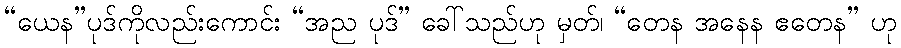
“ယေန”ပုဒ်ကိုလည်းကောင်း “အည ပုဒ်” ခေါ်သည်ဟု မှတ်၊ “တေန အနေန ဧတေန” ဟု